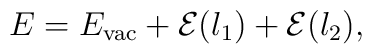
E = E_{\rm vac} + {\cal E}(\l_1) + {\cal E}(\l_2),